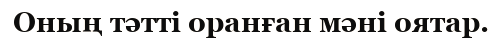
Оның тәтті оранған мәні оятар.